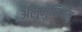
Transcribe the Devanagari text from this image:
अलुमुनियम